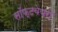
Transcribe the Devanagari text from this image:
सॉफ्टवेयरो